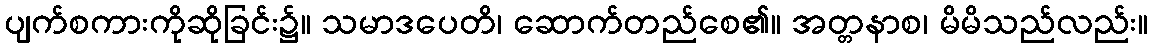
ပျက်စကားကိုဆိုခြင်း၌။ သမာဒပေတိ၊ ဆောက်တည်စေ၏။ အတ္တနာစ၊ မိမိသည်လည်း။